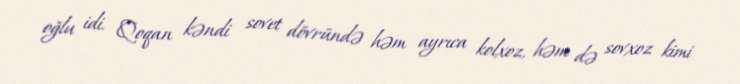
oğlu idi. Qoqan kəndi sovet dövründə həm ayrıca kolxoz, həm də sovxoz kimi